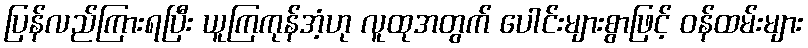
ပြန်လည်ကြားရပြီး ယူကြကုန်အံ့ဟု လူထုအတွက် ပေါင်းများစွာဖြင့် ဝန်ထမ်းများ